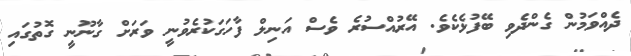
ދެއްވަމުން ގެންދެވި ބޭފުޅެކެވެ. އޭރުއްސުރެ ވެސް އަނިލް ފާހަގަކުރެވުނީ ވަރަށް ގާނޫނީ ގޮތުގައި